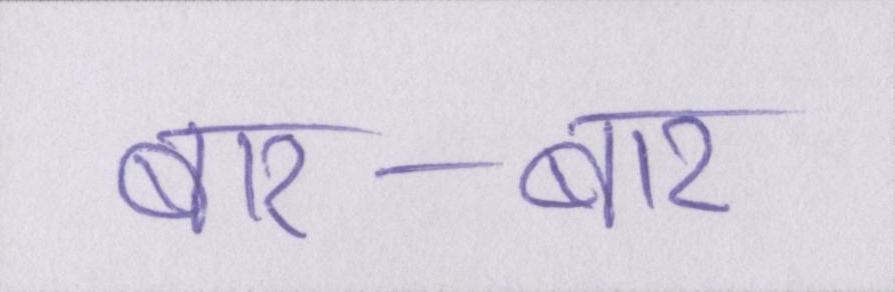
बार-बार